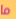
ما